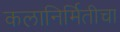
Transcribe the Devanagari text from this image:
कलानिर्मितीचा